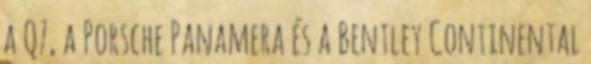
a Q7, a Porsche Panamera és a Bentley Continental